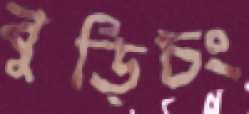
বুড়িচং